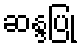
ဆန္ဒပြု